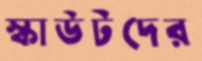
স্কাউটদের